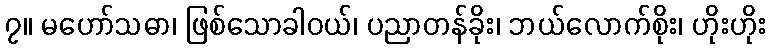
၇။ မဟော်သဓာ၊ ဖြစ်သောခါဝယ်၊ ပညာတန်ခိုး၊ ဘယ်လောက်စိုး၊ ဟိုးဟိုး